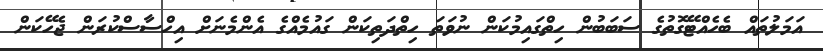
އަމަލުތައް ބެހެއްޓޭގޮތުގެ ސަބަބުން ހިތްގައިމުކަން ނުވަތަ ހިތްދަތިކަން ގައުމެއްގެ އެންމެނަށް އިހްސާސްކުރަން ޖެހޭކަން